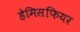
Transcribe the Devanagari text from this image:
हेमिसफियर